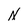
Character: N